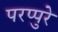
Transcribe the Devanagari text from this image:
परप्पुरे